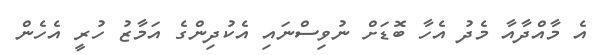
އެ މާއްދާއާ މެދު އެހާ ބޮޑަށް ނުވިސްނައި އެކުދިންގެ އަމާޒު ހުރީ އެހެން